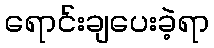
ရောင်းချပေးခဲ့ရာ